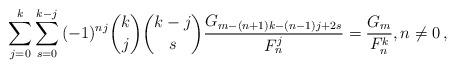
LaTeX: \begin{align*}\sum_{j = 0}^k {\sum_{s = 0}^{k - j} {( - 1)^{nj} \binom kj\binom {k-j}s\frac{{G_{m - (n + 1)k - (n - 1)j + 2s} }}{{F_n ^j }}} } = \frac{{G_m }}{{F_n ^k }},n\ne 0\,,\end{align*}